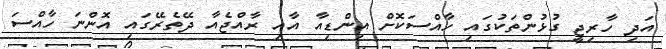
އަދި ހާރިޖީ ގުޅުންތަކުގައި ހާއްސަކޮށް އިންޑިއާ އާއި ރާއްޖެއާ ދޭތެރޭގައި އޮންނަ ހާއްސަ